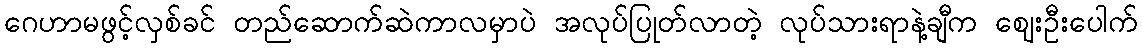
ဂေဟာမဖွင့်လှစ်ခင် တည်ဆောက်ဆဲကာလမှာပဲ အလုပ်ပြုတ်လာတဲ့ လုပ်သားရာနဲ့ချီက ဈေးဦးပေါက်